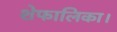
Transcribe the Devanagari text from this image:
शेफालिका।